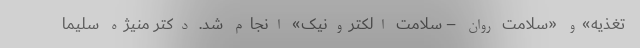
تغذیه»و «سلامت روان – سلامت الکترونیک» انجام شد. دکتر منیژه سلیما